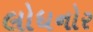
લોધનોર